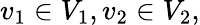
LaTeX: v_{1}\in V_{1},v_{2}\in V_{2},